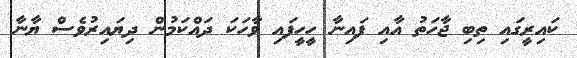
ކައިރީގައި ތިބި ޖާހަތު އާއި ފައިނާ ހީހީފައި ވާހަކަ ދައްކަމުން ދިޔައިރުވެސް ޔާނާ